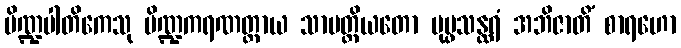
ပိဏ္ဍပါတိကေသု ပိဏ္ဍကရဏတ္ထာယ သာမတ္ထိယတော ပုပ္ဖသန္ထရံ အဘိဇာတိံ စာရဟော